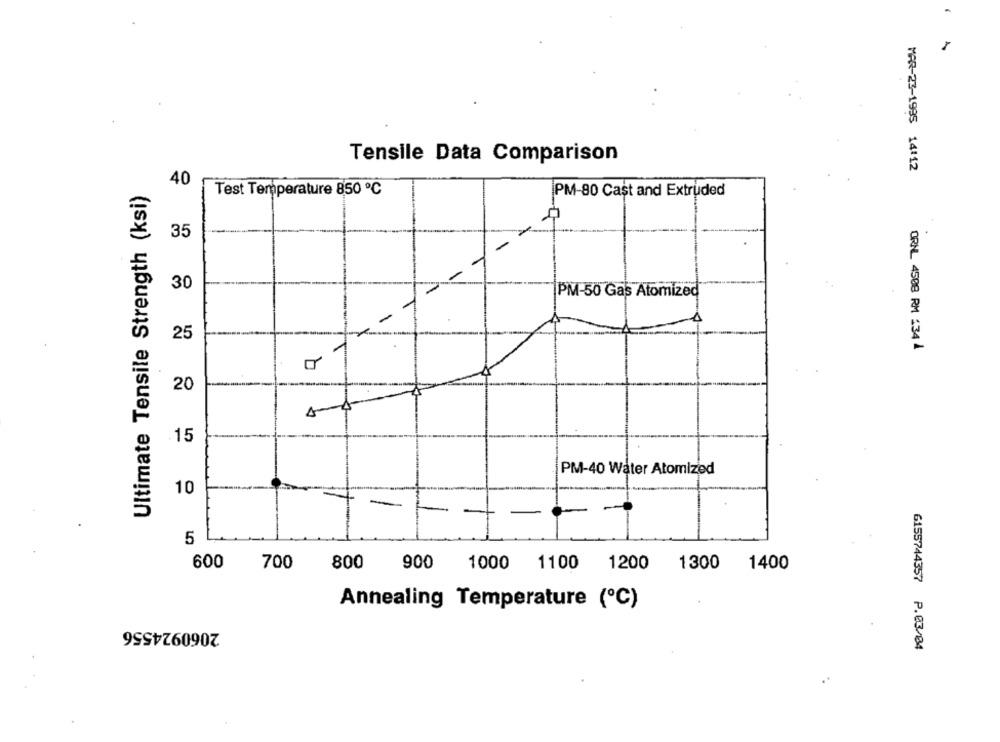
Tensile Data Comparison
MAR-23-1995 14:12
40
Ultimate Tensile Strength (ksi)
Test Temperature 850 ℃
PM-80 Cast and Extruded
35
30
PM-50 Gas Atomized
4
25
ORNL 4508 RM 134 1
20
.15
PM-40 Water Atomized
10
5
600
800
700
900
1000 1100 1200
1300
1400
Annealing Temperature (℃)
2060924556
6155744357 P.03/04